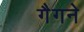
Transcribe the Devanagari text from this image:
गैगने